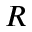
R